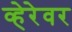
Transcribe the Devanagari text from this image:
व्हेरेवर